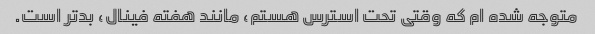
متوجه شده ام که وقتی تحت استرس هستم، مانند هفته فینال، بدتر است.